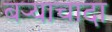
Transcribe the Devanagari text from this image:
बऱ्याचादा